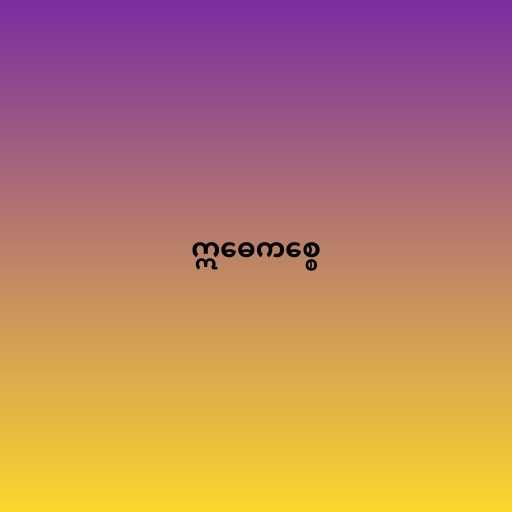
ဣဓေကစ္စေ